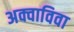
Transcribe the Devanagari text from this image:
अक्वाविवा